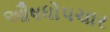
ઔષધોપચાર